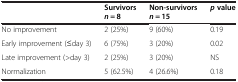
<table><thead><tr><td>[EMPTY_CELL]</td><td><b>Survivors<i>n</i> = 8</b></td><td><b>Non-survivors<i>n</i> = 15</b></td><td><b><i>p</i>value</b></td></tr></thead><tbody><tr><td>No improvement</td><td>2 (25%)</td><td>9 (60%)</td><td>0.19</td></tr><tr><td>Early improvement (≤day 3)</td><td>6 (75%)</td><td>3 (20%)</td><td>0.02</td></tr><tr><td>Late improvement (&gt;day 3)</td><td>2 (25%)</td><td>3 (20%)</td><td>NS</td></tr><tr><td>Normalization</td><td>5 (62.5%)</td><td>4 (26.6%)</td><td>0.18</td></tr></tbody></table>